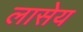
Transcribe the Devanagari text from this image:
लासेय